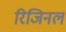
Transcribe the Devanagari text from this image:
रिजिनल